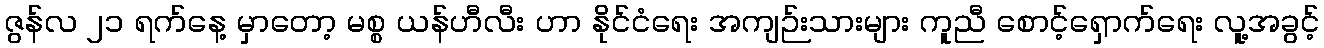
ဇွန်လ ၂၁ ရက်နေ့ မှာတော့ မစ္စ ယန်ဟီလီး ဟာ နိုင်ငံရေး အကျဉ်းသားများ ကူညီ စောင့်ရှောက်ရေး လူ့အခွင့်